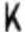
K